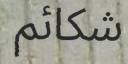
شكائم